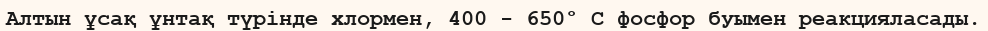
Алтын ұсақ ұнтақ түрінде хлормен, 400 - 650° С фосфор буымен реакцияласады.